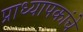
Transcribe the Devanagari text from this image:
प्राध्यापकांचे